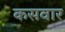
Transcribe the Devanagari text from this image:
कसवार